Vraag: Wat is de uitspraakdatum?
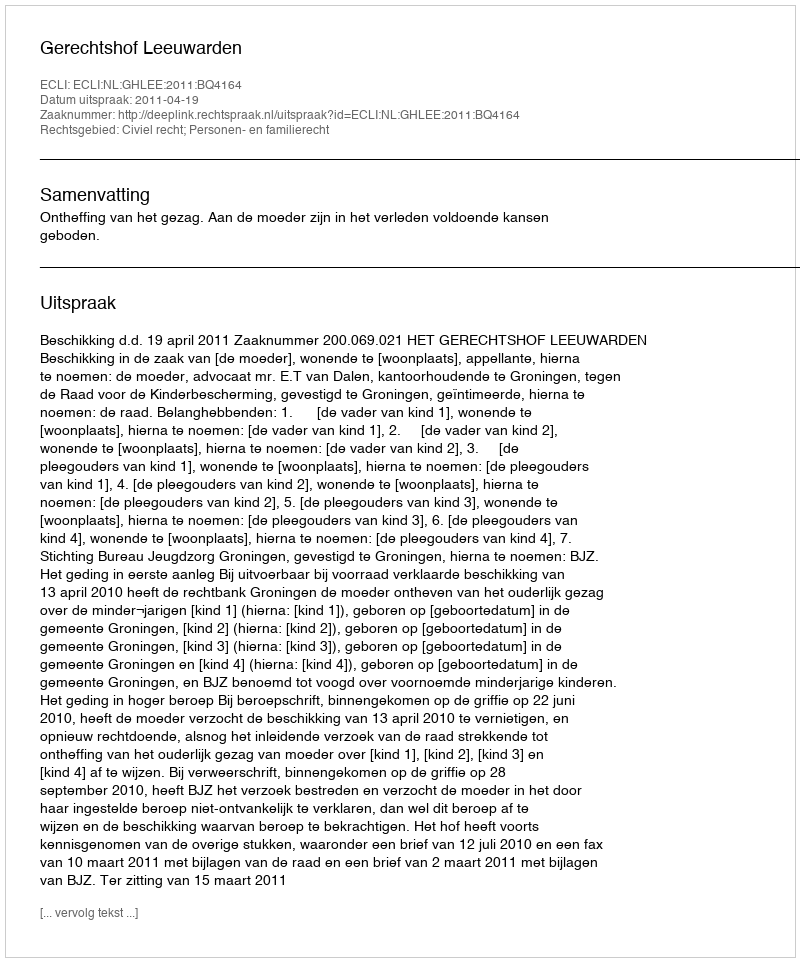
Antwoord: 2011-04-19